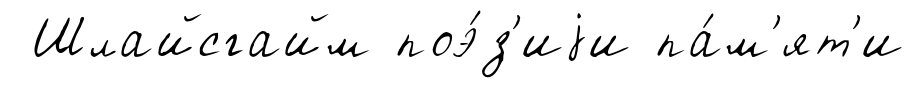
Шлайсгайм поэ́з'иjи па́м'ят'и